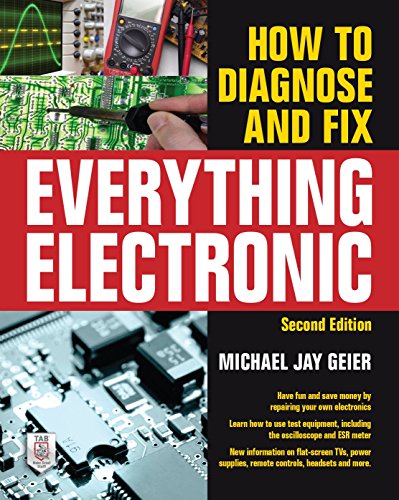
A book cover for How to Diagnose and Fix Everything Electronic, Second Edition; Michael Geier; Science & Math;